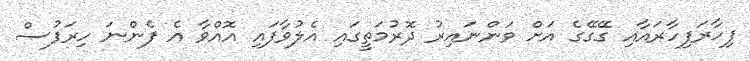
ފިހާރަފިހާރައާއި ގޭގޭގެ އަށް ވަންނައިރު ދޮރުމަތީގައި އެލުވާފައި އޮއްވާ އެ ފެންނަ ހިރަފުސް